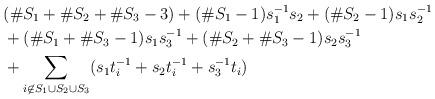
LaTeX: \begin{align*} & (\#S_1 + \#S_2 + \#S_3-3) + (\#S_1-1) s_1^{-1} s_2 + (\#S_2-1) s_1 s_2^{-1} \\ & + (\#S_1+\#S_3-1) s_1 s_3^{-1} + (\#S_2 + \#S_3-1) s_2 s_3^{-1} \\ & + \sum_{i \not\in S_1 \cup S_2 \cup S_3} (s_1 t_i^{-1} + s_2 t_i^{-1} + s_3^{-1} t_i ) \end{align*}